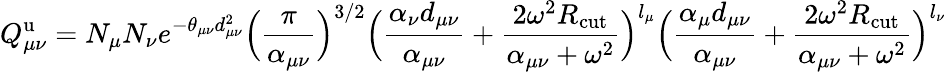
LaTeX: Q_{\mu\nu}^{\mathrm{u}}=N_{\mu}N_{\nu}e^{-\theta_{\mu\nu}d_{\mu\nu}^{2}}\Big(\frac{\pi}{\alpha_{\mu\nu}}\Big)^{3/2}\Big(\frac{\alpha_{\nu}d_{\mu\nu}}{\alpha_{\mu\nu}}+\frac{2\omega^{2}R_{\mathrm{cut}}}{\alpha_{\mu\nu}+\omega^{2}}\Big)^{l_{\mu}}\Big(\frac{\alpha_{\mu}d_{\mu\nu}}{\alpha_{\mu\nu}}+\frac{2\omega^{2}R_{\mathrm{cut}}}{\alpha_{\mu\nu}+\omega^{2}}\Big)^{l_{\nu}}